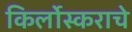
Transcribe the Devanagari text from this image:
किर्लोस्कराचे